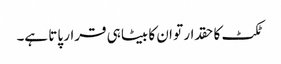
ٹکٹ کا حقدار تو ان کا بیٹا ہی قرار پاتا ہے۔